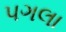
પગલા